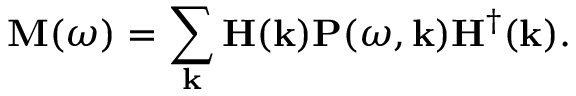
\mathbf { M } ( \omega ) = \sum _ { \mathbf { k } } \mathbf { H } ( \mathbf { k } ) \mathbf { P } ( \omega , \mathbf { k } ) \mathbf { H } ^ { \dagger } ( \mathbf { k } ) .